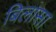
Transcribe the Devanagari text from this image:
बिलासा